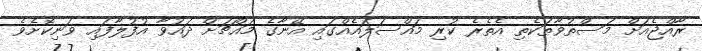
ރާއްޖެއަށް މަސްތުވާތަކެތި އެތެރެ ކުރި މައްސަލައެއްގައި އޭނާގެ މައްޗަށް ދައުވާ އުފުލާފައި ވަނިކޮށެވެ